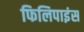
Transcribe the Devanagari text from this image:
फिलिपाइंस